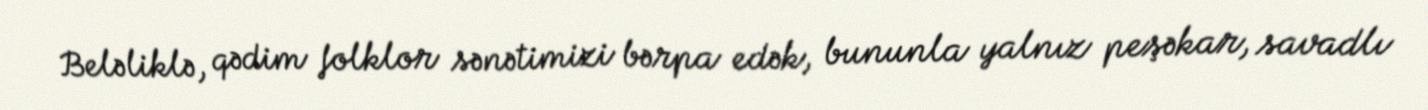
Beləliklə, qədim folklor sənətimizi bərpa edək, bununla yalnız peşəkar, savadlı